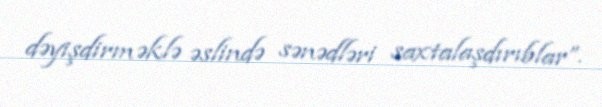
dəyişdirməklə əslində sənədləri saxtalaşdırıblar”.